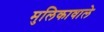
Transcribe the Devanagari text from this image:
मुलिकावाले